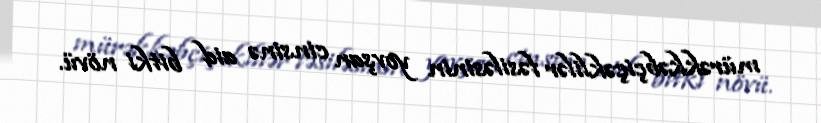
mürəkkəbçiçəklilər fəsiləsinin yovşan cinsinə aid bitki növü.